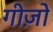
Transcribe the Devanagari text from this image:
गीज़ो